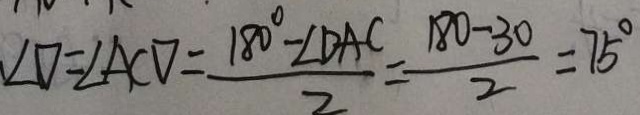
\angle D = \angle A C D = \frac { 1 8 0 ^ { \circ } - \angle D A C } { 2 } = \frac { 1 8 0 - 3 0 } { 2 } = 7 5 ^ { \circ }